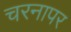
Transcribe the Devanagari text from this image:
चरनापर